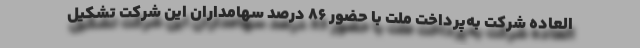
العاده شرکت به‌پرداخت ملت با حضور 86 درصد سهامداران این شرکت تشکیل